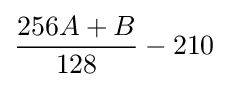
{\frac {256A+B}{128}}-210